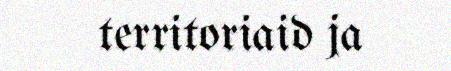
territoriaid ja